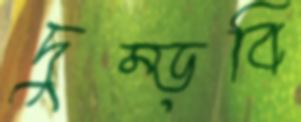
দুম্‌ড়বি